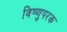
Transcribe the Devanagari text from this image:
विष्णुपरक